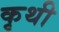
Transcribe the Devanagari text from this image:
कृथी